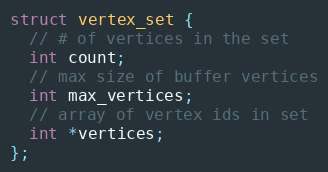
Language: C
struct vertex_set {
  // # of vertices in the set
  int count;
  // max size of buffer vertices
  int max_vertices;
  // array of vertex ids in set
  int *vertices;
};